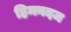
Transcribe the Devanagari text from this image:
हिमनदज